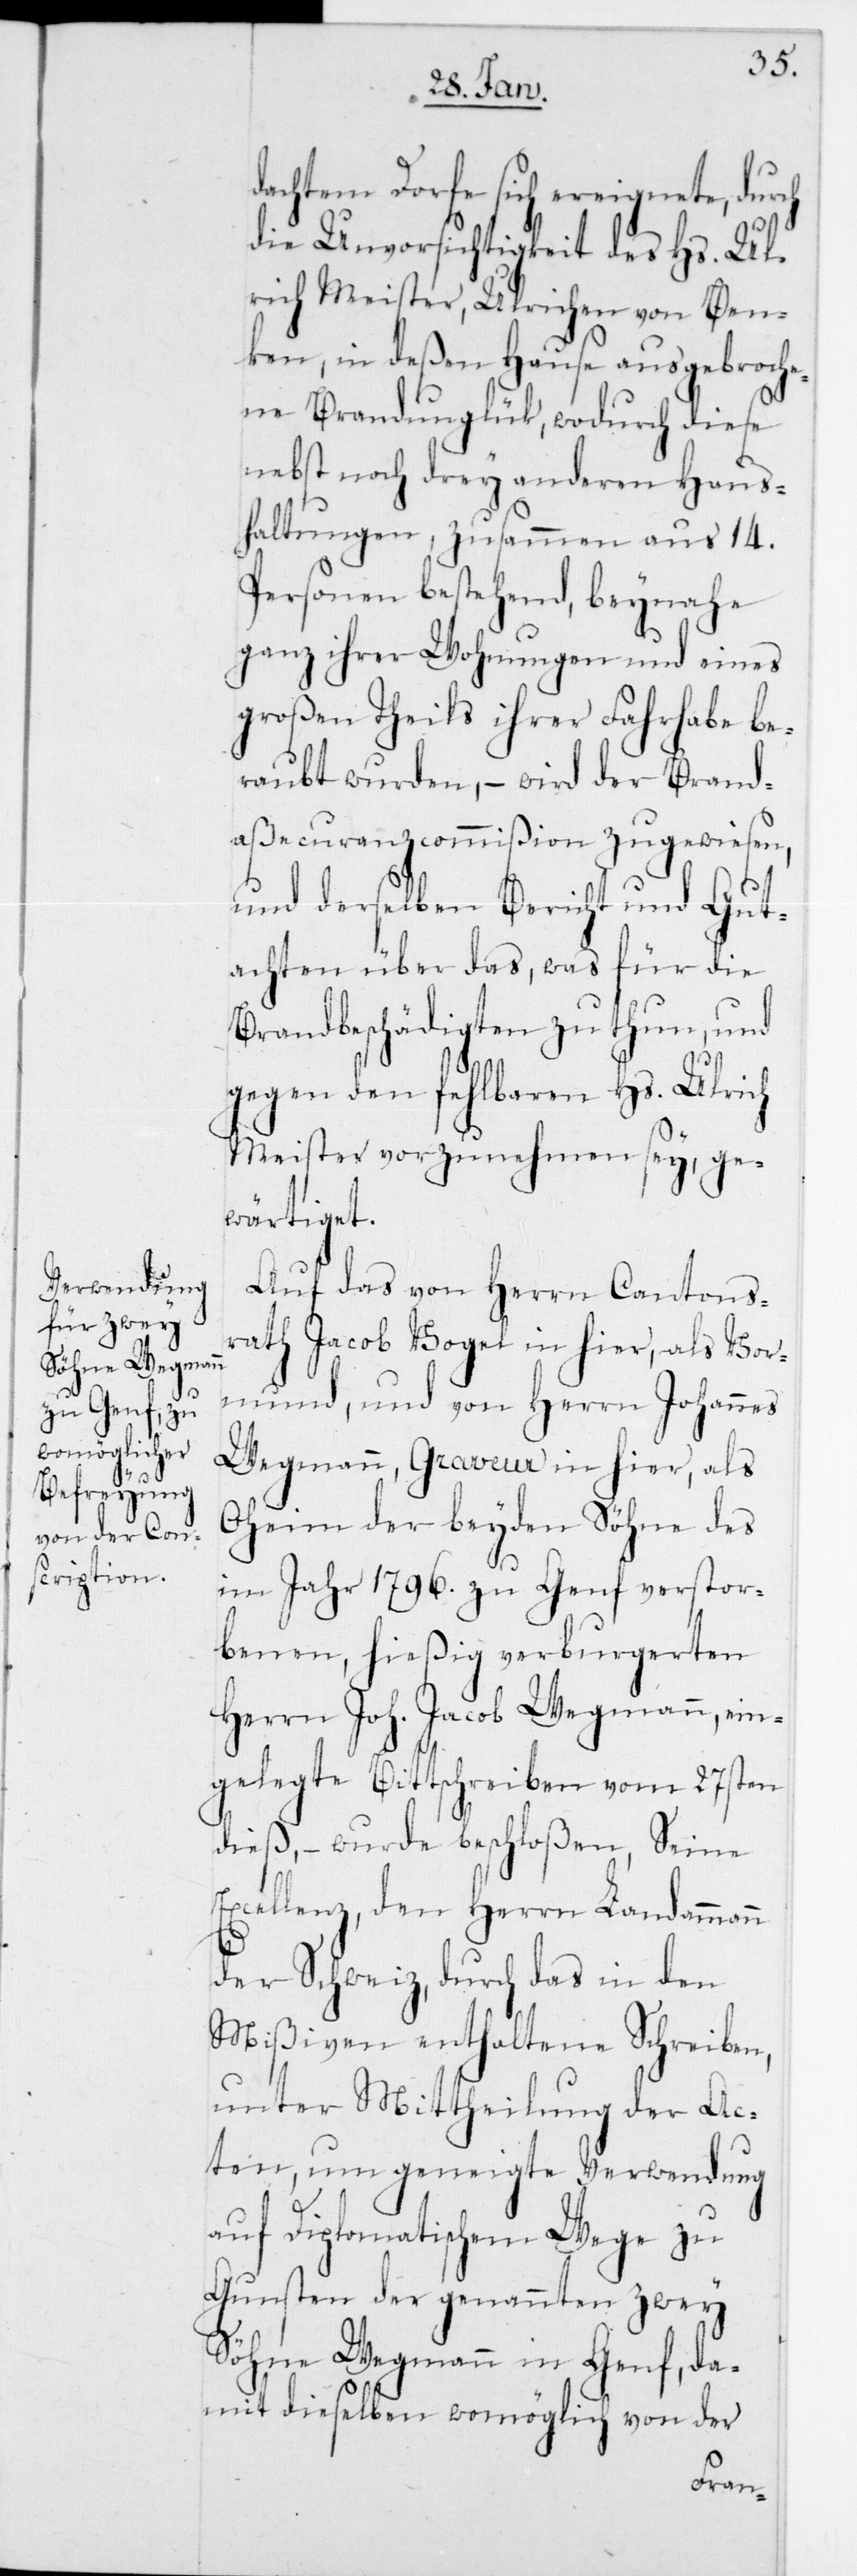
dachtem Dorfe sich ereignete, durch
die Unvorsichtigkeit des Hs. Ul¬
rich Meister, Ulrichen von Ben¬
ken, in deßen Hause ausgebroche¬
ne Brandunglück, wodurch diese
nebst noch drey anderen Haus¬
haltungen, zusammen aus 14
Personen bestehend, beynahe
ganz ihrer Wohnungen und eines
großen Theils ihrer Fahrhabe be¬
raubt wurden, – wird der Brand¬
aßecuranzcommißion zugewiesen,
und derselben Bericht und Gut¬
achten über das, was für die
Brandbeschädigten zu thun, und
gegen den fehlbaren Hs. Ulrich
Meister vorzunehmen sey, ge¬
wärtiget.
Auf das von Herrn Cantons¬
rath Jacob Vogel in hier, als Vor¬
mund, und von Herrn Johannes
Wegmann, Graveur in hier, als
Oheim der beyden Söhne des
im Jahr 1796 zu Genf verstor¬
benen, hießig verburgerten
Herrn Joh. Jacob Wegmann, ein¬
gelegte Bittschreiben vom 27sten
dieß, – wurde beschloßen, Seine
Excellenz, den Herrn Landammann
der Schweiz, durch das in den
Mißiven enthaltene Schreiben,
unter Mittheilung der Ac¬
ten, um geneigte Verwendung
auf diplomatischem Wege zu
Gunsten der genannten zwey
Söhne Wegmann in Genf, da¬
mit dieselben womöglich von der